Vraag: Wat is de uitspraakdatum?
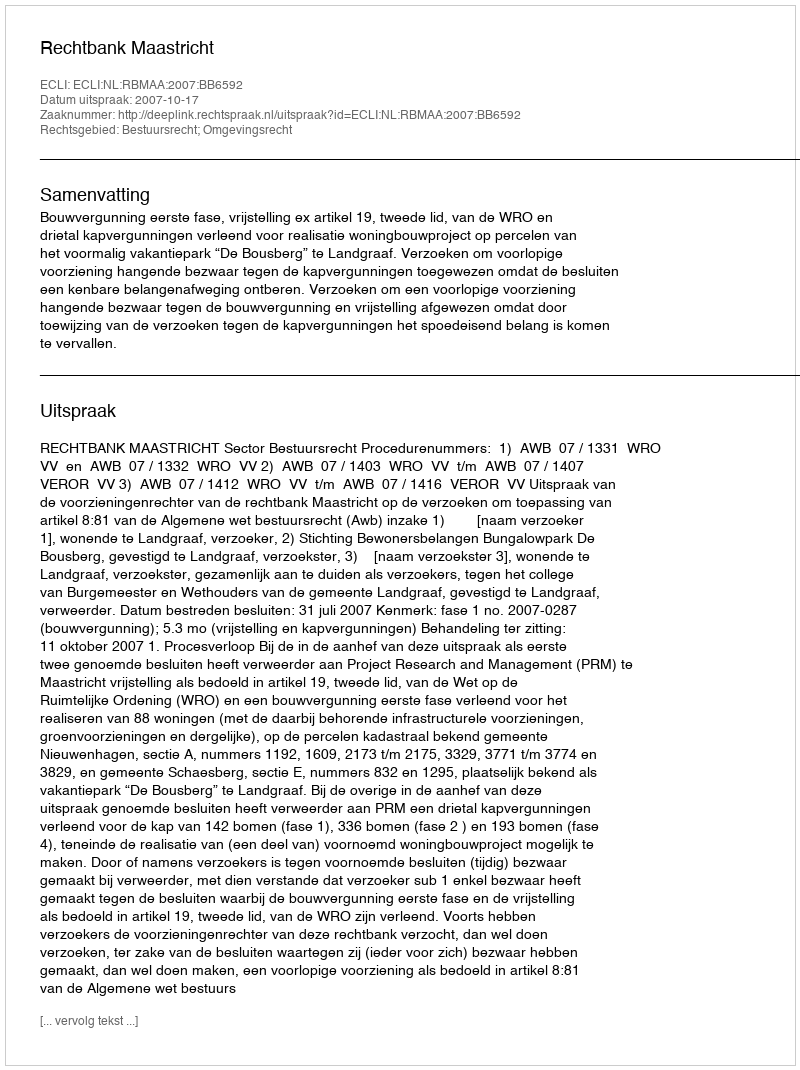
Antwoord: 2007-10-17